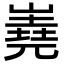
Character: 嶤